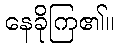
နေခိုကြ၏။